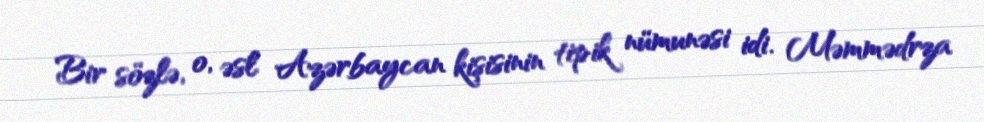
Bir sözlə, o, əsl Azərbaycan kişisinin tipik nümunəsi idi. Məmmədrza